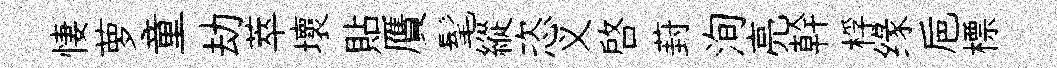
悽萝童劫萃壞貼贋髦縱恣义啓葑洵亮幹桴缘巵標